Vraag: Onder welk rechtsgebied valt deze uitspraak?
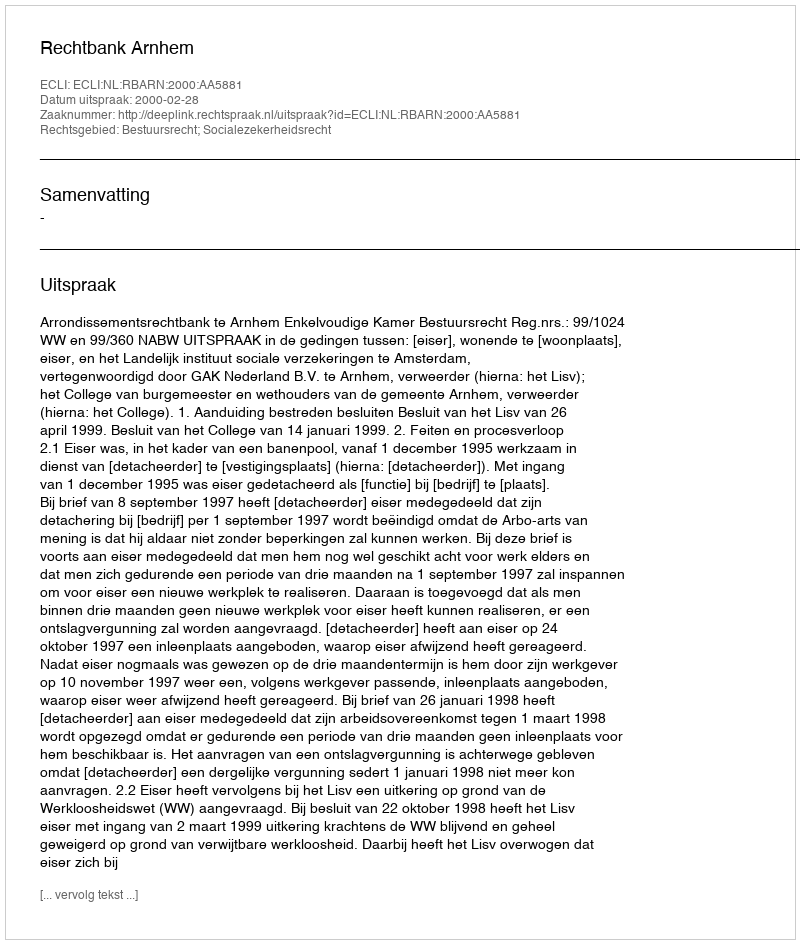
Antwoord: Bestuursrecht; Socialezekerheidsrecht